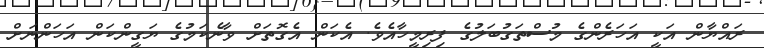
ރައްޔާން އަކީ އަހަރެންގެ މުސްތަގުބަލުގެ ފިރިމީހާއެވެ. އެކަން އެގޮތަށް ވާނެކަމުގެ ޔަގީންކަން އަހަންނަށް